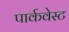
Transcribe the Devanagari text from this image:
पार्कवेस्ट